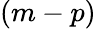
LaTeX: (m-p)